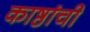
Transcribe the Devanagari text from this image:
काष्ठांची